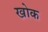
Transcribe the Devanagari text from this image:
खोक